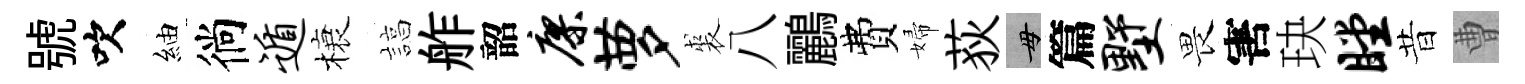
號吹紬徜遁榱諄舴韶廖萝裘八鸝費婦荻毋篇墅畏害玦瞠昔曹